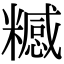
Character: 𥽇